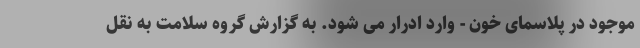
موجود در پلاسمای خون - وارد ادرار می شود. به گزارش گروه سلامت به نقل